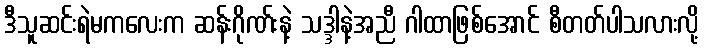
ဒီသူဆင်းရဲမကလေးက ဆန်းဂိုဏ်းနဲ့ သဒ္ဒါနဲ့အညီ ဂါထာဖြစ်အောင် စီတတ်ပါသလားလို့